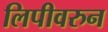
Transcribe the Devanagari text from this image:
लिपीवरुन